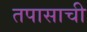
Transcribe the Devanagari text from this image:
तपासाची